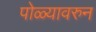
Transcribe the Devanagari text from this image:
पोळ्यावरुन